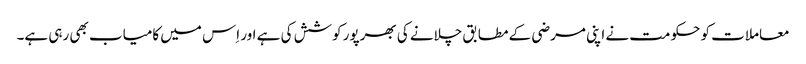
معاملات کو حکومت نے اپنی مرضی کے مطابق چلانے کی بھرپور کوشش کی ہے اور اِس میں کامیاب بھی رہی ہے۔